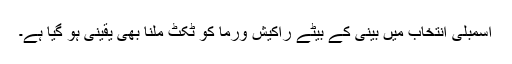
اسمبلی انتخاب میں بینی کے بیٹے راکیش ورما کو ٹکٹ ملنا بھی یقینی ہو گیا ہے۔